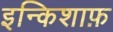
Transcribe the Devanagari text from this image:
इन्किशाफ़